Scottish Leaving Certificate Examination, 1952
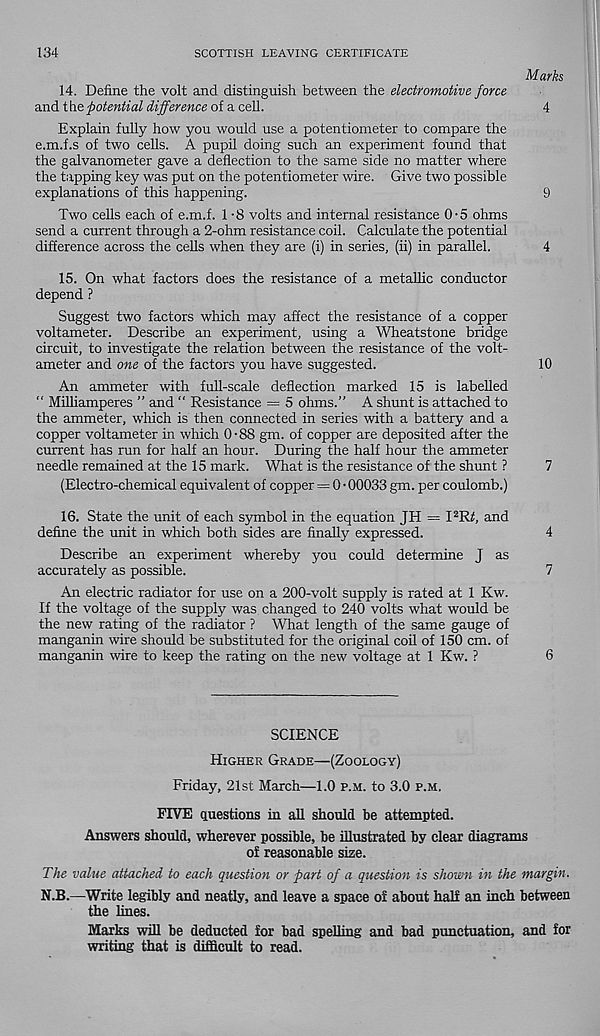
134
SCOTTISH LEAVING CERTIFICATE
Marks
14. Define the volt and distinguish between the electromotive force
and t he potential difference of a cell.
4
Explain fully how you would use a potentiometer to compare the
e.m.f.s of two cells. A pupil doing such an experiment found that
the galvanometer gave a deflection to the same side no matter where
the tapping key was put on the potentiometer wire. Give two possible
explanations of this happening.
9
Two cells each of e.m.f. 1 -8 volts and internal resistance 0-5 ohms
send a current through a 2-ohm resistance coil. Calculate the potential
difference across the cells when they are (i) in series, (ii) in parallel.
4
15. On what factors does the resistance of a metallic conductor
depend ?
Suggest two factors which may affect the resistance of a copper
voltameter. Describe an experiment, using a Wheatstone bridge
circuit, to investigate the relation between the resistance of the volt-
ameter and one of the factors you have suggested.
10
An ammeter with full-scale deflection marked 15 is labelled
“ Milhamperes ” and " Resistance = 5 ohms.” A shunt is attached to
the ammeter, which is then connected in series with a battery and a
copper voltameter in which 0 • 88 gm. of copper are deposited after the
current has run for half an hour. During the half hour the ammeter
needle remained at the 15 mark. What is the resistance of the shunt ?
7
(Electro-chemical equivalent of copper = 0 • 00033 gm. per coulomb.)
16. State the unit of each symbol in the equation JH = PR£, and
define the unit in which both sides are finally expressed.
4
Describe an experiment whereby you could determine J as
accurately as possible.
7
An electric radiator for use on a 200-volt supply is rated at 1 Kw.
If the voltage of the supply was changed to 240 volts what would be
the new rating of the radiator ? What length of the same gauge of
manganin wire should be substituted for the original coil of 150 cm. of
manganin wire to keep the rating on the new voltage at 1 Kw. ?
6
SCIENCE
Higher Grade—(Zoology)
Friday, 21st March—1.0 p.m. to 3.0 p.m.
FIVE questions in all should be attempted.
Answers should, wherever possible, be illustrated by clear diagrams
of reasonable size.
The value attached to each question or part of a question is shown in the margin.
N.B.—Write legibly and neatly, and leave a space of about half an inch between
the lines.
Marks will be deducted for bad spelling and bad punctuation, and for
writing that is difficult to read.